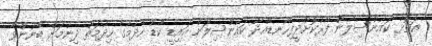
އަތޮޅު ކައުންސިލުން ފޯރުކޮށްދީފިހޯނޑެއްދޫ ކައުންސިލަށް އައިޑީ ކާޑު ހެދުމުގެ ހިދުމަތް ދިނުމަށް ބޭނުންވާ